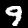
Digit: 9